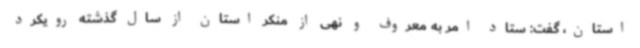
استان، گفت: ستاد امر به معروف و نهی از منکر استان از سال گذشته رویکرد